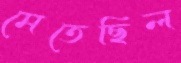
মেতেছিল